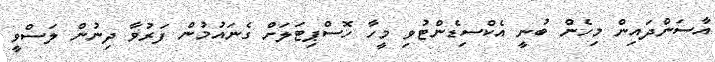
އާސަންދައިން މިހެން ބުނީ އެކްސިޑެންޓުވި މީހާ ހޮސްޕިޓަލަށް ގެނައުމުން ފަރުވާ ދިނުން ލަސްވީ